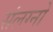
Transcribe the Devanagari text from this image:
संलग्नो